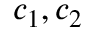
c _ { 1 } , c _ { 2 }